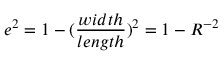
e ^ { 2 } = 1 - ( \frac { w i d t h } { l e n g t h } ) ^ { 2 } = 1 - R ^ { - 2 }